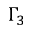
\Gamma _ { 3 }